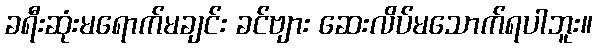
ခရီးဆုံးမရောက်မချင်း ခင်ဗျား ဆေးလိပ်မသောက်ရပါဘူး။